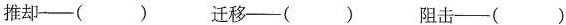
推却---() 迁移─-() 阻击--()